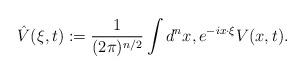
LaTeX: \begin{align*}\hat{V}(\xi,t) := \frac{1}{(2\pi)^{n/2}}\int d^nx, e^{-ix\cdot \xi} V(x,t).\end{align*}